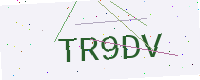
Text: TR9DV